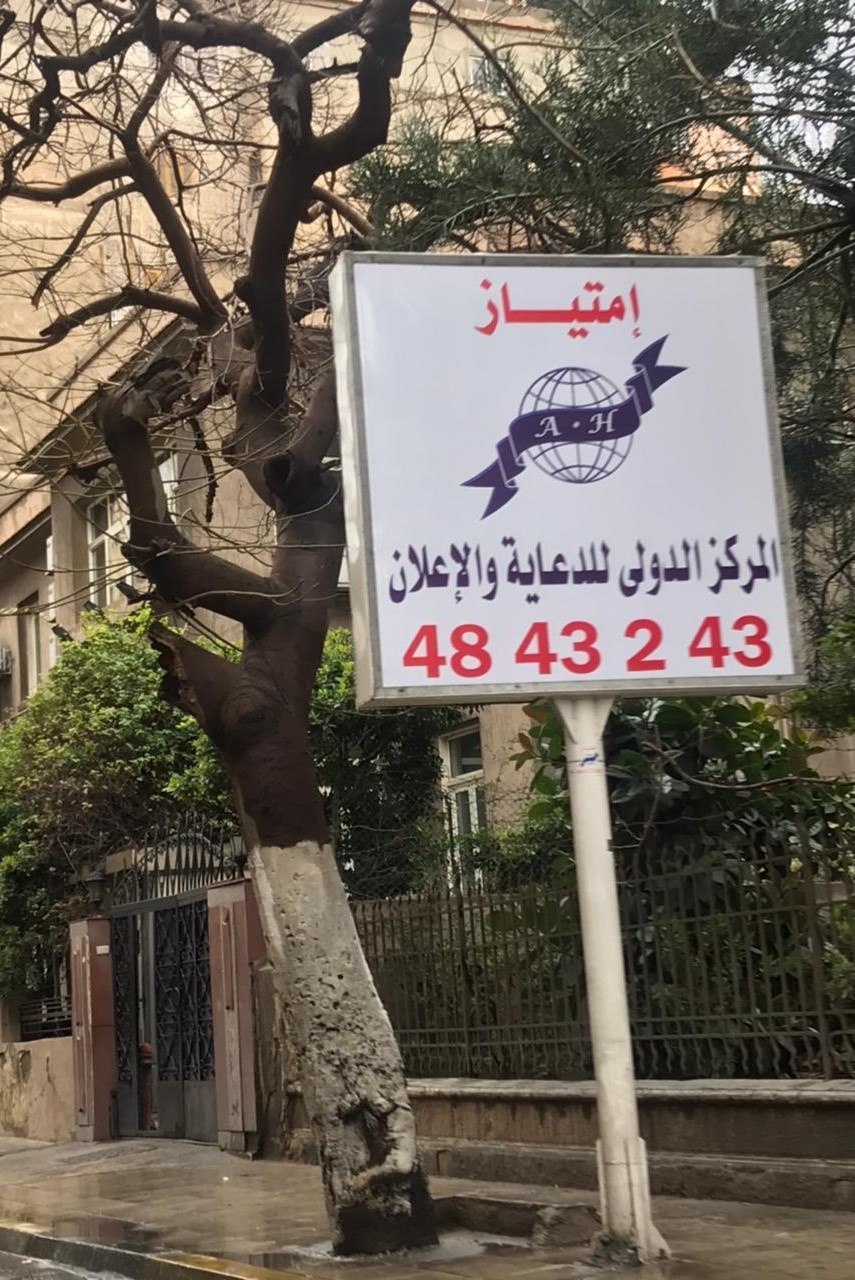
Text in image: إمتياز المركز الدولي للدعاية والاعلان A.H 43 2 4 48